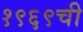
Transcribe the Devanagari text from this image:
१९६९ची